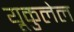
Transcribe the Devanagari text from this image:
यूकुलेल